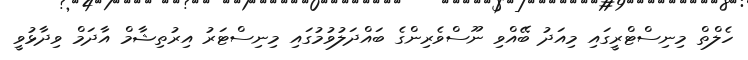
ހެލްތް މިނިސްޓްރީގައި މިއަދު ބޭއްވި ނޫސްވެރިންގެ ބައްދަލުވުމުގައި މިނިސްޓަރު އިރުތިޝާމް އާދަމް ވިދާޅުވީ